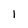
Character: I